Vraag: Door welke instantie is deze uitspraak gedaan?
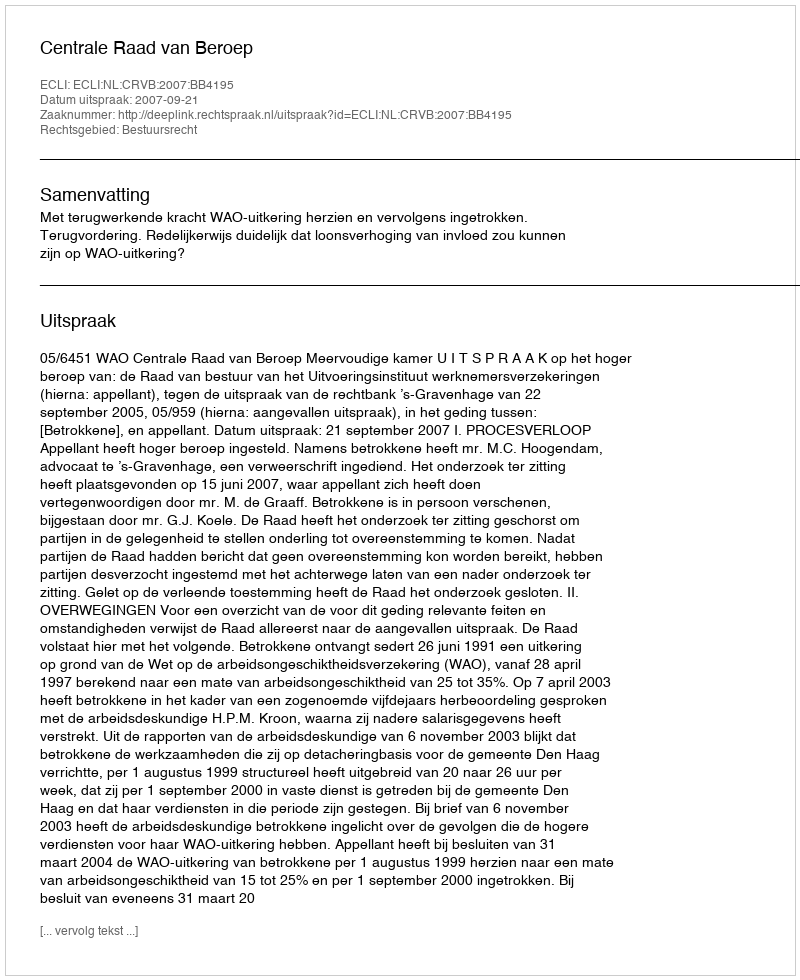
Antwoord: Centrale Raad van Beroep